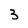
Character: 3